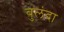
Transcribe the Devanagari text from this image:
बुलंदा